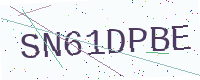
Text: SN61DPBE